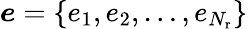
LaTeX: \boldsymbol{e}=\{ e_{1},e_{2},\ldots,e_{N_{\mathrm{r}}}\}